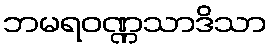
ဘမရဝဏ္ဏသာဒိသာ